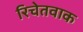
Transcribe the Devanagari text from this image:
रिचेतवाक